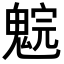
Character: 𩳚